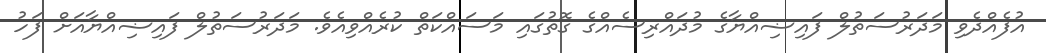
އުފެއްދެވި މަދަރުސަތުލް ފައިޟިއްޔާގެ މުދައްރިސެއްގެ ގޮތުގައި މަސައްކަތް ކުރެއްވިއެވެ. މަދަރުސަތުލް ފައިޟިއްޔާއަށް ފަހު